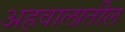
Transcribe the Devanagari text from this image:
अहवालातील